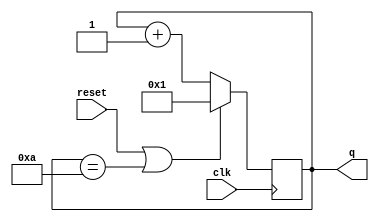
module decade_counter_2 (
    input clk,
    input reset,        // Synchronous active-high reset
    output [3:0] q);

    always @(posedge clk) begin 
        if (reset | (q == 10)) 
            q <= 1;    // resets to 1 instead of 0
        else 
            q <= q + 1;
    end
endmodule